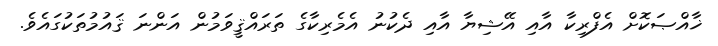
ޚާއްޞަކޮށް އެފްރިކާ އާއި އޭޝިޔާ އާއި ދެކުނު އެމެރިކާގެ ތަރައްޤީވަމުން އަންނަ ޤައުމުތަކުގައެވެ.